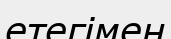
етегімен